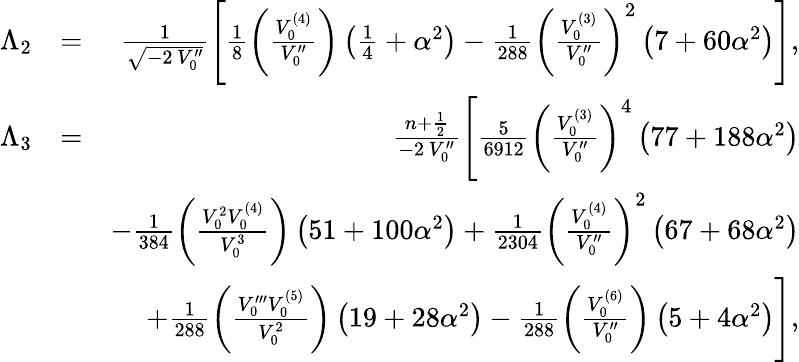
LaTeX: \begin{array}{rlr}{\Lambda_{2}}&{=}&{\frac{1}{\sqrt{-2\, V_{0}^{\prime\prime}}}\Bigg[\frac{1}{8}\left(\frac{V_{0}^{(4)}}{V_{0}^{\prime\prime}}\right)\left(\frac{1}{4}+\alpha^{2}\right)-\frac{1}{288}\left(\frac{V_{0}^{(3)}}{V_{0}^{\prime\prime}}\right)^{2}\left(7+60\alpha^{2}\right)\Bigg],}\\ {\Lambda_{3}}&{=}&{\frac{n+\frac{1}{2}}{-2\, V_{0}^{\prime\prime}}\Bigg[\frac{5}{6912}\left(\frac{V_{0}^{(3)}}{V_{0}^{\prime\prime}}\right)^{4}\left(77+188\alpha^{2}\right)}\\ &{}&{-\frac{1}{384}\left(\frac{V_{0}^{2}V_{0}^{(4)}}{V_{0}^{3}}\right)\left(51+100\alpha^{2}\right)+\frac{1}{2304}\left(\frac{V_{0}^{(4)}}{V_{0}^{\prime\prime}}\right)^{2}\left(67+68\alpha^{2}\right)}\\ &{}&{+\frac{1}{288}\left(\frac{V_{0}^{\prime\prime\prime}V_{0}^{(5)}}{V_{0}^{2}}\right)\left(19+28\alpha^{2}\right)-\frac{1}{288}\left(\frac{V_{0}^{(6)}}{V_{0}^{\prime\prime}}\right)\left(5+4\alpha^{2}\right)\Bigg],}\end{array}